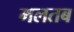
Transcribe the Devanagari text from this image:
मलतब